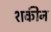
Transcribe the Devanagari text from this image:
शकीन